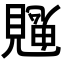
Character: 𮗙